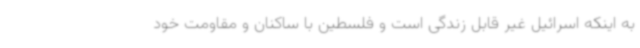
به اینکه اسرائیل غیر قابل زندگی است و فلسطین با ساکنان و مقاومت خود